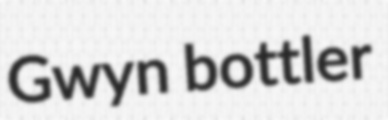
Gwyn bottler